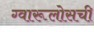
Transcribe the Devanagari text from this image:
ग्वारूलोसची